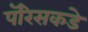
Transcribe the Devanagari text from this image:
पॅरिसकडे